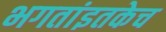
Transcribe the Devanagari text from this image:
भगतांइतकेच